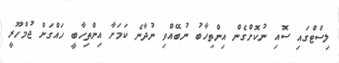
ލިސްޓްގައި ސޮއި ނުކޮށްގެން އިންތިހާބު ނުބޭއްވި ނުދާނެ ކަމަށާ އިންތިހާބީ ހައްގަށް ޖުމްހޫރީ